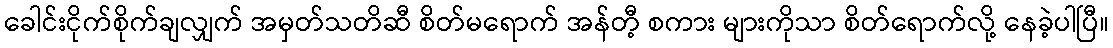
ခေါင်းငိုက်စိုက်ချလျှက် အမှတ်သတိဆီ စိတ်မရောက် အန်တီ့ စကား များကိုသာ စိတ်ရောက်လို့ နေခဲ့ပါပြီ။